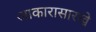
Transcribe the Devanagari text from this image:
आकारासारखे